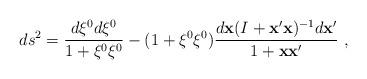
LaTeX: \begin{align*} ds^2=\frac{d\xi^0d\xi^0}{1+\xi^0\xi^0}-(1+\xi^0\xi^0) \frac{d{\bf x}(I+{\bf x}'{\bf x})^{-1}d{\bf x}'}{1+{\bf x}{\bf x}'}~,\end{align*}